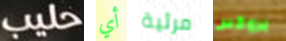
حليب أي مرئية بروكس